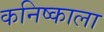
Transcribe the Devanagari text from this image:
कनिष्काला